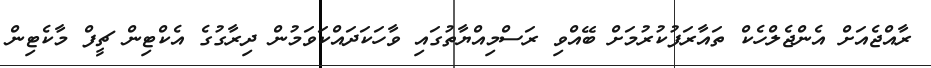
ރާއްޖެއަށް އެންޖެލްހެކް ތައާރަފުކުރުމަށް ބޭއްވި ރަސްމިއްޔާތުގައި ވާހަކަދައްކަވަމުން ދިރާގުގެ އެކްޓިން ޗީފް މާކެޓިން